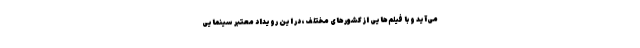
می‌آید و با فیلم‌هایی از کشورهای مختلف، در این رویداد معتبر سینمایی